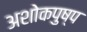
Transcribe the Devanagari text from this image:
अशोकपुष्प